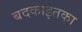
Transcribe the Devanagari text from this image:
बदकाइतका